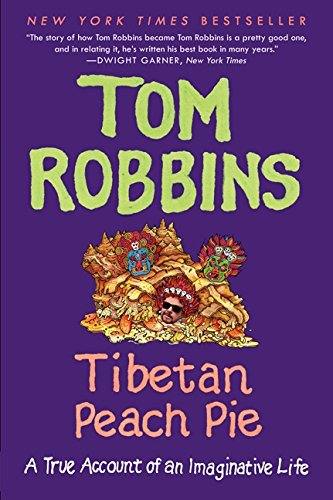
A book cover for Tibetan Peach Pie: A True Account of an Imaginative Life; Tom Robbins; Biographies & Memoirs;